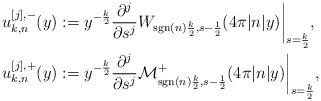
LaTeX: \begin{align*}u_{k,n}^{[j],-}(y) &:= y^{-\frac{k}{2}}\frac{\partial^j}{\partial s^j}W_{\mathrm{sgn}(n)\frac{k}{2}, s-\frac{1}{2}}(4\pi |n|y)\bigg|_{s=\frac{k}{2}},\\u_{k,n}^{[j],+}(y) &:= y^{-\frac{k}{2}}\frac{\partial^j}{\partial s^j}\mathcal{M}^+_{\mathrm{sgn}(n)\frac{k}{2}, s-\frac{1}{2}}(4\pi |n|y)\bigg|_{s=\frac{k}{2}},\end{align*}